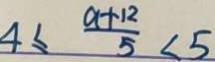
4 \leq \frac { a + 1 2 } { 5 } < 5